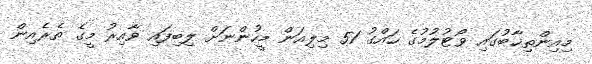
މިއިންތިޚާބުގައި ވޯޓުލުމުގެ ހައްގު 51 މިލިއަން މީހުންނަށް ލިބިފައި ވާއިރު މީގެ ތެރެއިން